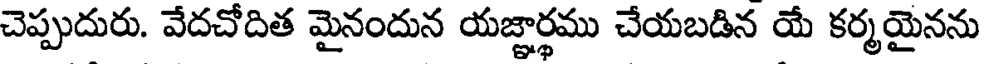
చెప్పుదురు. వేదచోదిత మైనందున యజ్ఞార్థము చేయబడిన యే కర్మయైనను